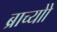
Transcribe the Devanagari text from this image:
ब्राच्योो